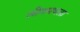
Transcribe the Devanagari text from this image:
लीगमधला